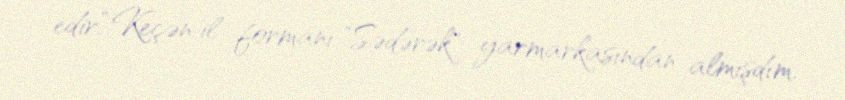
edir.“Keçən il formanı "Sədərək" yarmarkasından almışdım.